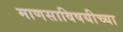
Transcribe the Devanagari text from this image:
माणसाविषयीच्या